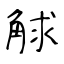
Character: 觩